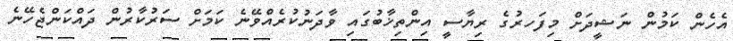
އެހެން ކަމުން ނަޝީދަށް މިފަހރުގެ ރިޔާސީ އިންތިޚާބުގައި ވާދަނުކުރެއްވޭނެ ކަމަށް ސަރުކާރުން ދައްކަންޖެހޭނެ